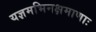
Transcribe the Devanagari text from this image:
यज्ञमभिनक्षमाणाः